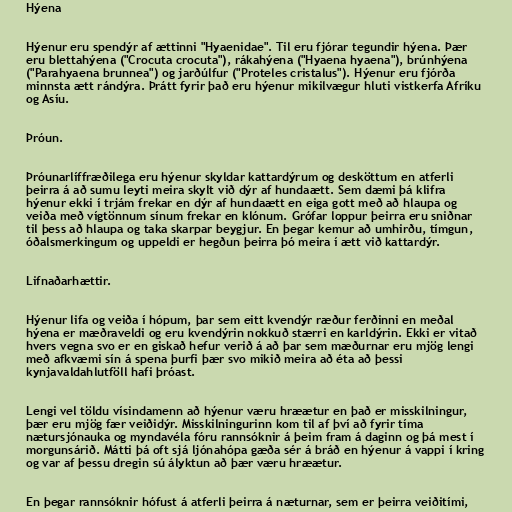
Hýena

Hýenur eru spendýr af ættinni "Hyaenidae". Til eru fjórar tegundir hýena. Þær
eru blettahýena ("Crocuta crocuta"), rákahýena ("Hyaena hyaena"), brúnhýena
("Parahyaena brunnea") og jarðúlfur ("Proteles cristalus"). Hýenur eru fjórða
minnsta ætt rándýra. Þrátt fyrir það eru hýenur mikilvægur hluti vistkerfa Afríku
og Asíu.

Þróun.

Þróunarlíffræðilega eru hýenur skyldar kattardýrum og desköttum en atferli
þeirra á að sumu leyti meira skylt við dýr af hundaætt. Sem dæmi þá klifra
hýenur ekki í trjám frekar en dýr af hundaætt en eiga gott með að hlaupa og
veiða með vígtönnum sínum frekar en klónum. Grófar loppur þeirra eru sniðnar
til þess að hlaupa og taka skarpar beygjur. En þegar kemur að umhirðu, tímgun,
óðalsmerkingum og uppeldi er hegðun þeirra þó meira í ætt við kattardýr.

Lifnaðarhættir.

Hýenur lifa og veiða í hópum, þar sem eitt kvendýr ræður ferðinni en meðal
hýena er mæðraveldi og eru kvendýrin nokkuð stærri en karldýrin. Ekki er vitað
hvers vegna svo er en giskað hefur verið á að þar sem mæðurnar eru mjög lengi
með afkvæmi sín á spena þurfi þær svo mikið meira að éta að þessi
kynjavaldahlutföll hafi þróast.

Lengi vel töldu vísindamenn að hýenur væru hræætur en það er misskilningur,
þær eru mjög fær veiðidýr. Misskilningurinn kom til af því að fyrir tíma
nætursjónauka og myndavéla fóru rannsóknir á þeim fram á daginn og þá mest í
morgunsárið. Mátti þá oft sjá ljónahópa gæða sér á bráð en hýenur á vappi í kring
og var af þessu dregin sú ályktun að þær væru hræætur.

En þegar rannsóknir hófust á atferli þeirra á næturnar, sem er þeirra veiðitími,